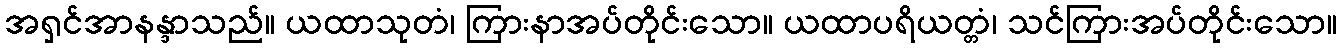
အရှင်အာနန္ဒာသည်။ ယထာသုတံ၊ ကြားနာအပ်တိုင်းသော။ ယထာပရိယတ္တံ၊ သင်ကြားအပ်တိုင်းသော။